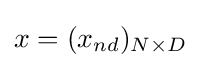
x=(x_{nd})_{N\times D}